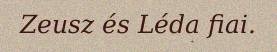
Zeusz és Léda fiai.